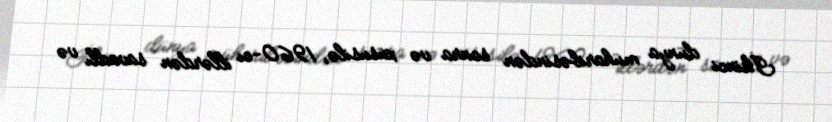
İkinci dünya müharibəsindən sonra və xüsusilə, 1960-cı illərdən savadlı və